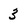
Character: 3